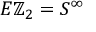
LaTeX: E \mathbb { Z } _ { 2 } = S ^ { \infty }